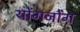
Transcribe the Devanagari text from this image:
योंगजोंग